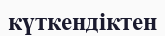
күткендіктен